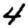
Digit: 4